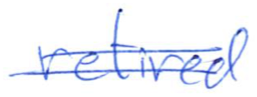
Text: retired
Cross-out: double-line
Writing tool: ballpoint